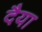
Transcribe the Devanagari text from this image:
दैया